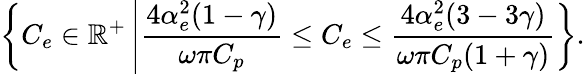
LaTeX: \left\{ C_{e}\in\mathbb{R}^{+}\left|\frac{4\alpha_{e}^{2}(1-\gamma)}{\omega\pi C_{p}}\le C_{e}\le\frac{4\alpha_{e}^{2}(3-3\gamma)}{\omega\pi C_{p}(1+\gamma)}\right.\right\} .